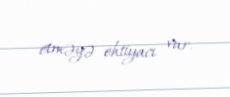
etməyə ehtiyacı var.